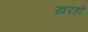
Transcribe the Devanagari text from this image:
खरहों